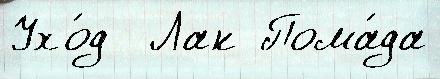
Ухо́д  Лак Пома́да